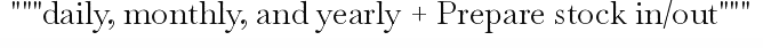
"""daily, monthly, and yearly + Prepare stock in/out"""